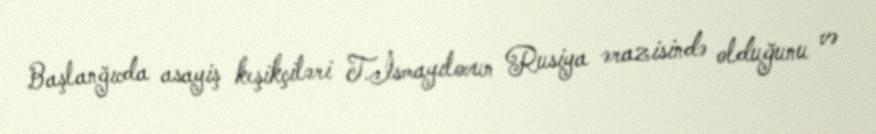
Başlanğıcda asayiş keşikçiləri T.İsmayılovun Rusiya ərazisində olduğunu və